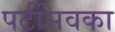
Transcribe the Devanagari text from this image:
पर्टसिवका